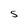
Character: S